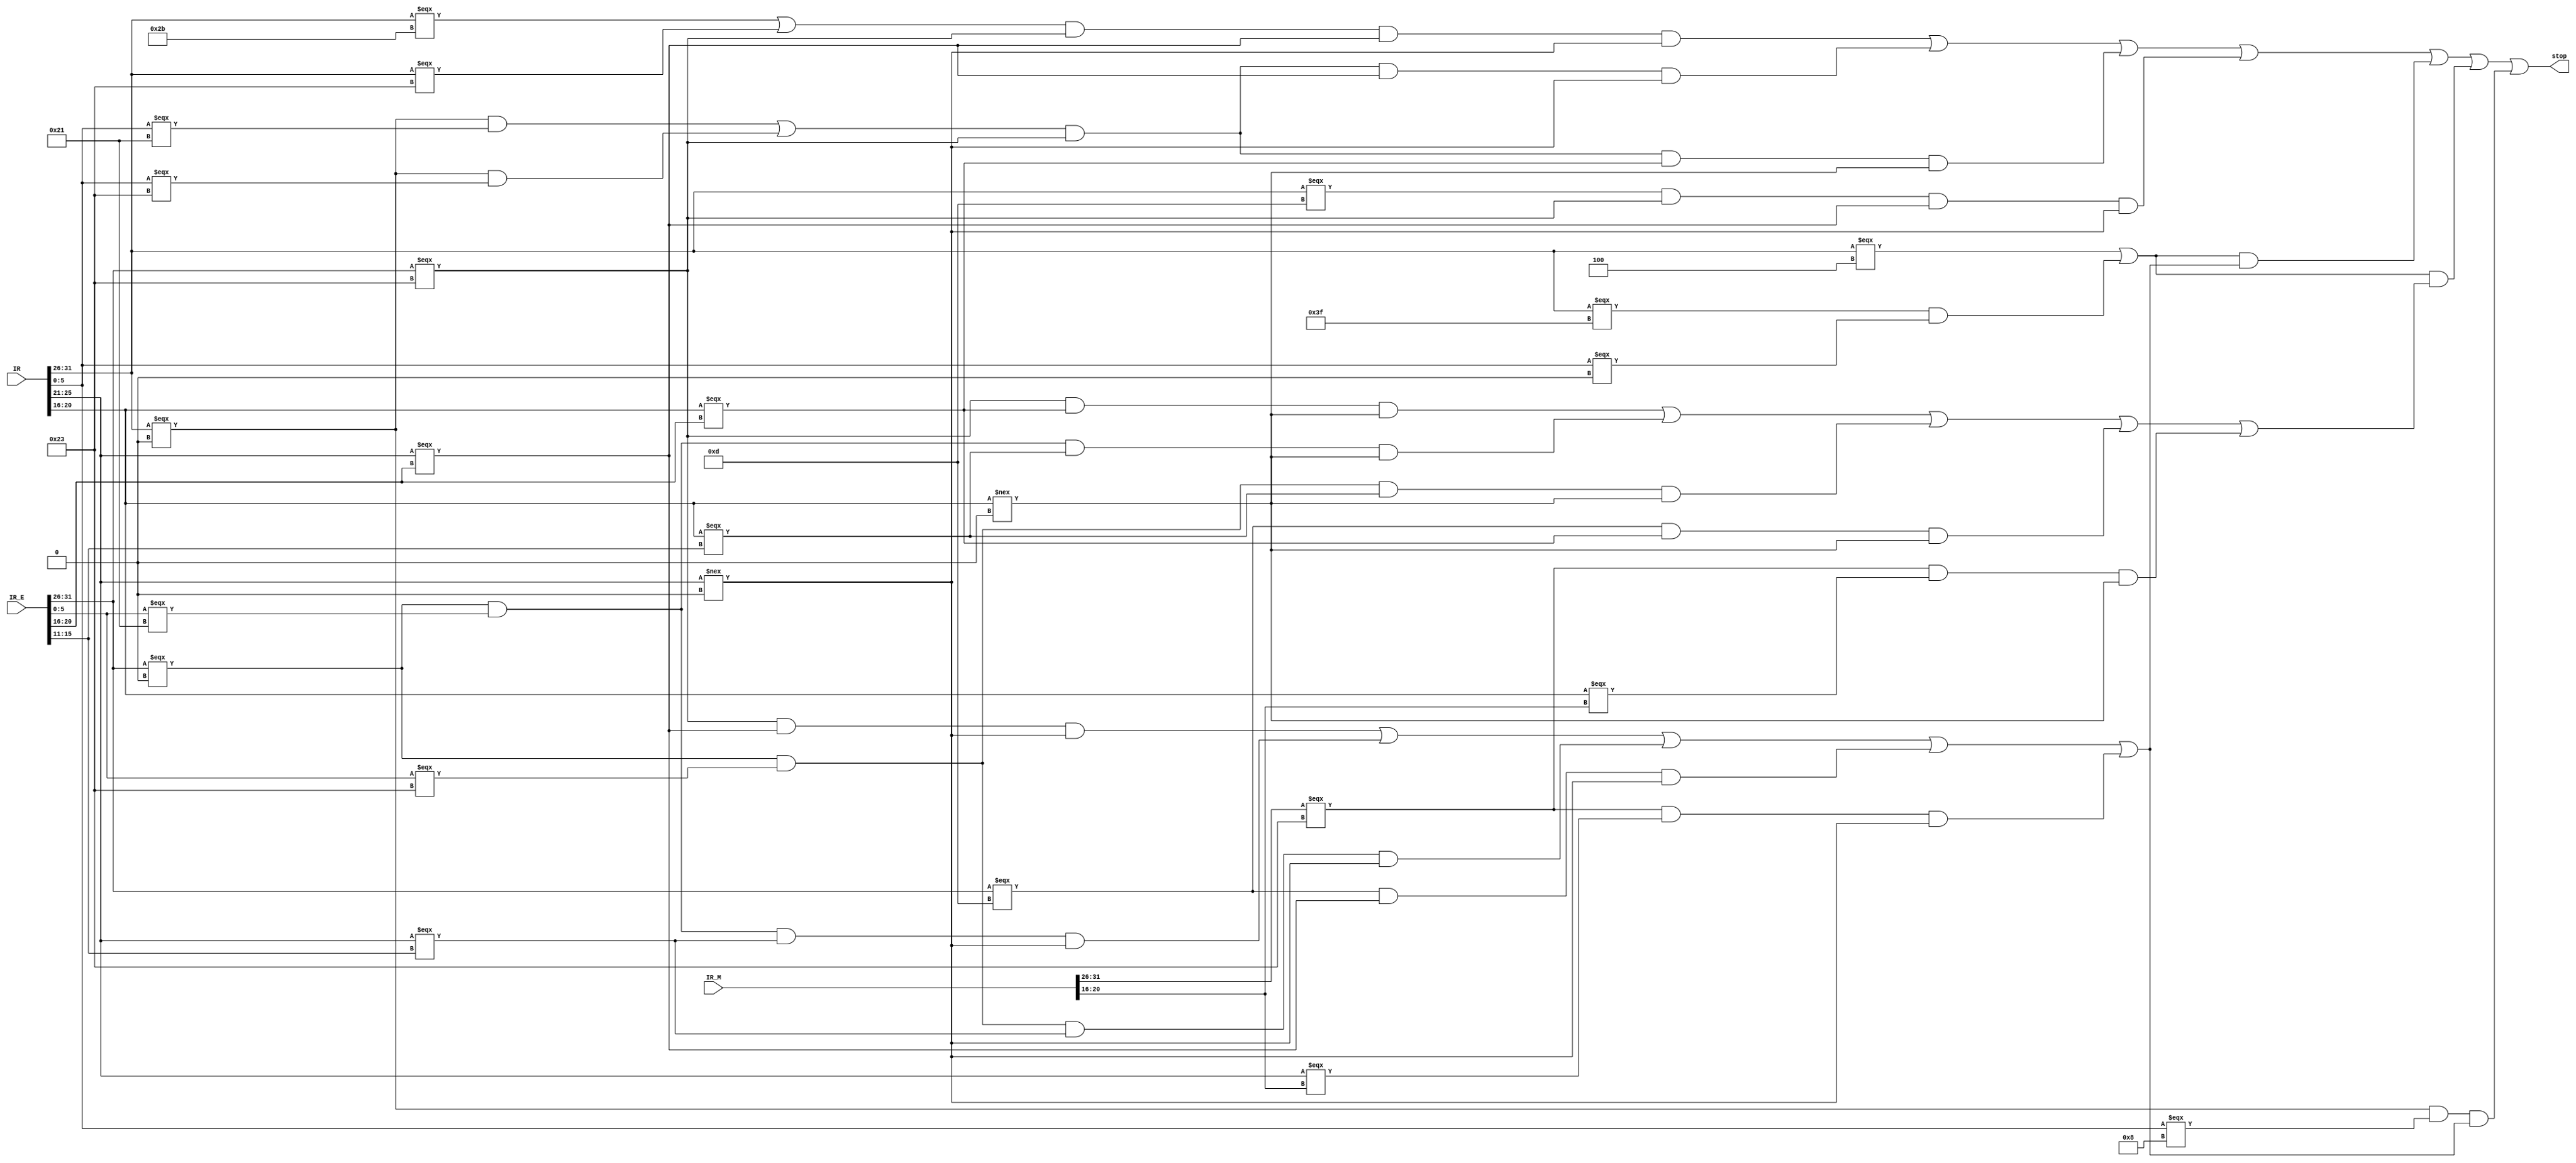
`timescale 1ns / 1ps
//////////////////////////////////////////////////////////////////////////////////
// Company: 
// Engineer: 
// 
// Design Name: 
// Module Name:    pause 
// Project Name: 
// Target Devices: 
// Tool versions: 
// Description: 
//
// Dependencies: 
//
// Revision: 
// Revision 0.01 - File Created
// Additional Comments: 
//
//////////////////////////////////////////////////////////////////////////////////
module pause(
    input [31:0] IR,
    input [31:0] IR_E,
    input [31:0] IR_M,
    output  stop
    );
    
	wire [5:0] op;
	wire [5:0] func;
	wire [4:0] rs;
	wire [4:0] rt;
	
	wire lw_E;
	wire addu_E;
	wire subu_E;
	wire ori_E;
	wire [4:0]rt_E;
	wire [4:0]rd_E;

	wire lw_M;
	wire [4:0]rt_M;
	
	wire addu;
	wire subu;
	wire ori;
	wire lw;
	wire sw;
	wire beq;
	wire jr;
	wire bgezalr;
	
	assign op = IR[31:26];
	assign func = IR[5:0];
	assign rs = IR[25:21];
	assign rt = IR[20:16];
	assign rt_E = IR_E[20:16];
	assign rd_E = IR_E[15:11];
	assign rt_M = IR_M[20:16];
	
	assign bgezalr = (op === 6'b111111 && func === 6'b000000);
	
	assign addu = (op === 6'b000000 && func === 6'b100001);
	assign subu = (op === 6'b000000 && func === 6'b100011);
	assign ori = (op === 6'b001101);
	assign lw = (op === 6'b100011);
	assign sw = (op === 6'b101011);
	assign beq = (op === 6'b000100);
	assign jr = (op === 6'b000000 && func === 6'b001000);

	
	assign lw_E = (IR_E[31:26] === 6'b100011);
	assign addu_E = (IR_E[31:26] === 6'b000000 && IR_E[5:0] === 6'b100001);
	assign subu_E = (IR_E[31:26] === 6'b000000 && IR_E[5:0] === 6'b100011);
	assign ori_E = (IR_E[31:26] === 6'b001101);
	
	assign lw_M = (IR_M[31:26] === 6'b100011);
	
	assign s1 = ((sw || lw) && lw_E && (rs === rt_E) && (rs !== 0));
	assign s2 = ((addu || subu) && lw_E && (rs === rt_E) && (rs !== 0));
	assign s3 = ((addu || subu) && lw_E && (rt === rt_E) && (rt !== 0));
	assign s4 = (ori && lw_E && (rs === rt_E) && (rs !== 0));
	assign s5 = ((beq||bgezalr) && ((lw_E && (rs === rt_E) && (rs !== 0))|| 
					(addu_E && (rs === rd_E) && (rs !== 0)) ||
					(subu_E && (rs === rd_E) && (rs !== 0)) ||
					(ori_E && (rs === rt_E) && (rs !== 0)) ||
					(lw_M && (rs === rt_M) && (rs !== 0))));
	assign s6 = ((beq||bgezalr) && ((lw_E && (rt === rt_E) && (rt !== 0)) || 
					(addu_E && (rt === rd_E) && (rt !== 0)) ||
					(subu_E && (rt === rd_E) && (rt !== 0)) ||
					(ori_E && (rt === rt_E) && (rt !== 0)) ||
					(lw_M && (rt === rt_M) && (rt !== 0))));
	assign s7 = (jr &&((lw_E && (rs === rt_E) && (rs !== 0))|| 
					(addu_E && (rs === rd_E) && (rs !== 0)) ||
					(subu_E && (rs === rd_E) && (rs !== 0)) ||
					(ori_E && (rs === rt_E) && (rs !== 0)) ||
					(lw_M && (rs === rt_M) && (rs !== 0))));
							
	assign stop = s1 || s2 || s3 || s4 || s5 || s6 || s7;
	
endmodule